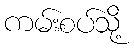
ကမ်းစပ်သို့